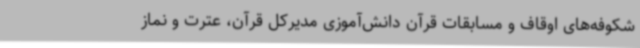
شکوفه‌های اوقاف و مسابقات قرآن دانش‌آموزی مدیرکل قرآن، عترت و نماز